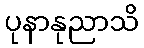
ပုနာနုညာသိ